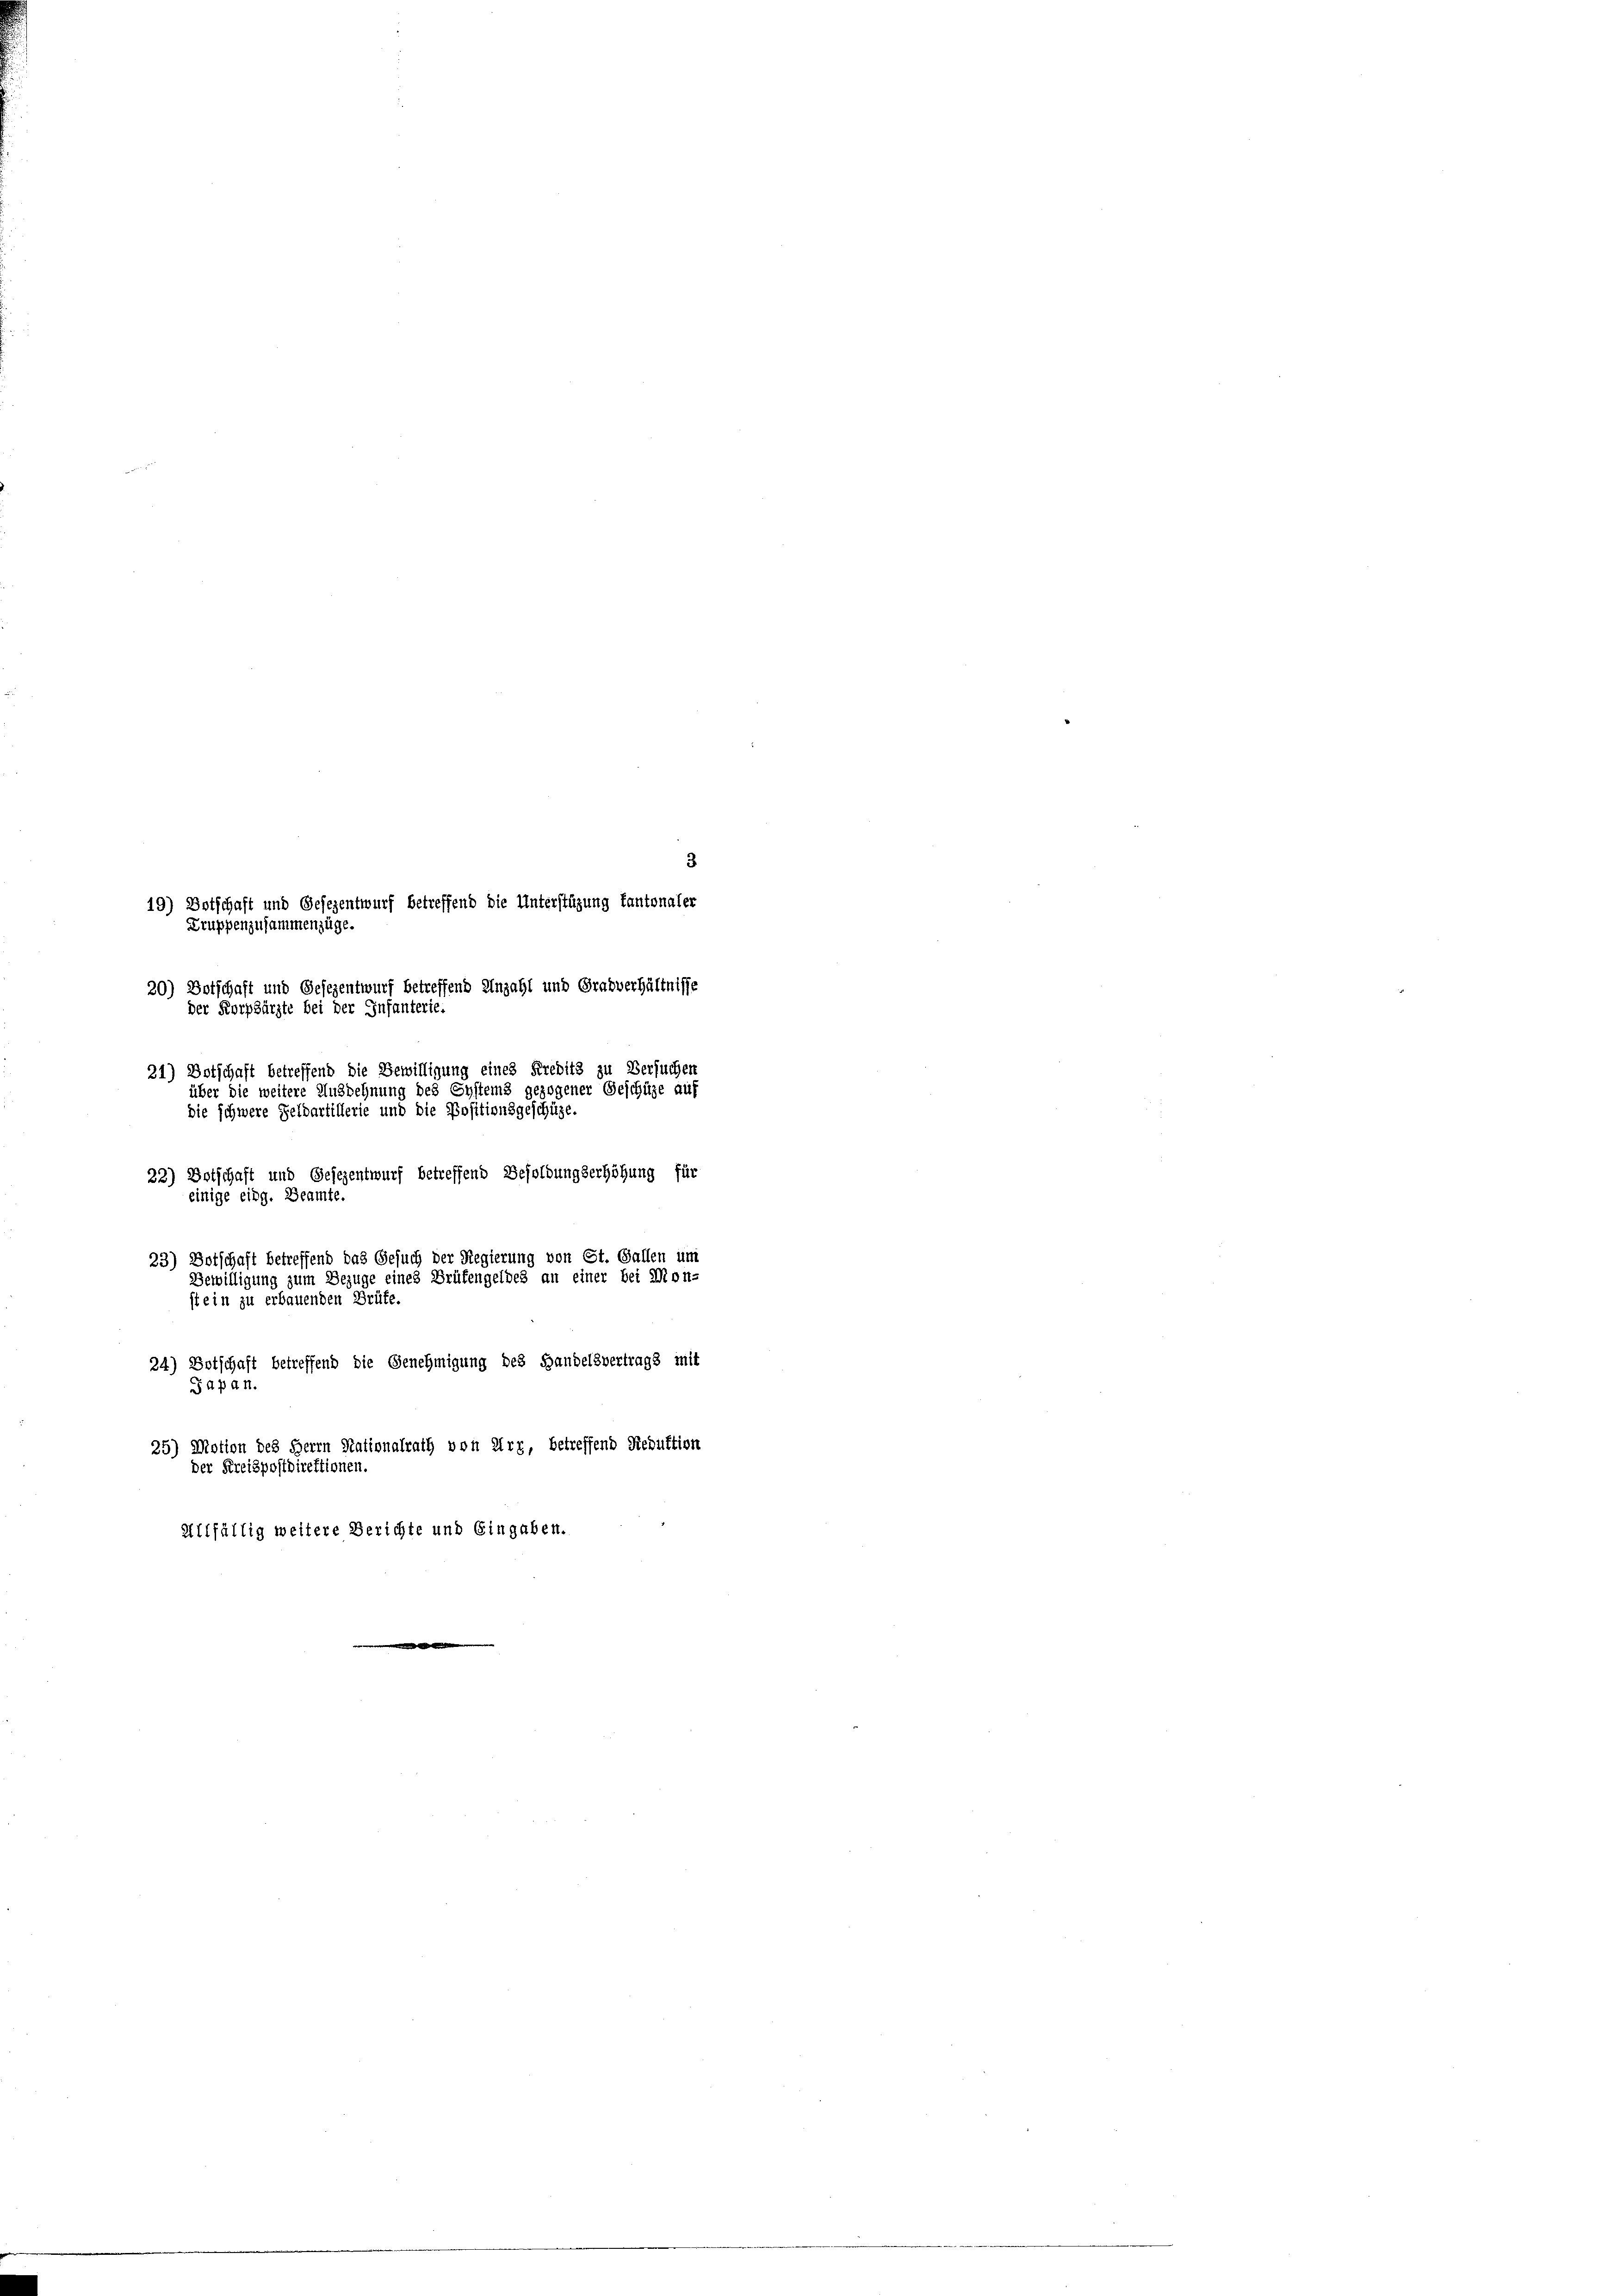
3
19) Dotschaft und Gesezentwurf betreffend die Unterstüzung kantonaler
31/
Dru
Botschaft und Gesezentwurf betreffend Unzahl und Grabverhältnisse
20)
de
s
Korpsärzte bei der Infanteris
21) Botschaft betreffend die Bewilligung eines Kredits zu Versuchen
über die weitere Ausdehnung des Systems gezogener Geschüze auf
e und die Positionsgeschüze
die schwere Felde
22) Dotschaft und Gesezentwurf betreffend Besoldungserhöhung für
einige eing. Beamte.
23) Botschaft betreffend das Gesuch der Regierung von St. Gallen um
Gewilligung zum Bezuge eines Grüfengeldes an einer bei Mon-
st ein zu erbauenden Brüte.
24) Botschaft betreffend die Genehmigung des Handelsvertrags mit
Japan
25) Motion des Herrn Stationalrath von Urz, betreffend Reduktion
Der
reispostdirektionen.
Allfältig weitere Berichte und Eingaben.